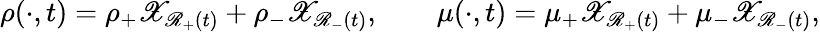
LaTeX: \rho(\cdot,t)=\rho_{+}\mathscr{X}_{\mathscr{R}_{+}(t)}+\rho_{-}\mathscr{X}_{\mathscr{R}_{-}(t)},\qquad\mu(\cdot,t)=\mu_{+}\mathscr{X}_{\mathscr{R}_{+}(t)}+\mu_{-}\mathscr{X}_{\mathscr{R}_{-}(t)},